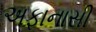
અફાનાસી